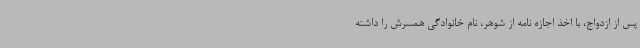
پس از ازدواج، با اخذ اجازه نامه از شوهر، نام خانوادگی همسرش را داشته